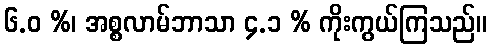
၆.ဝ %၊ အစ္စလာမ်ဘာသာ ၄.၁ % ကိုးကွယ်ကြသည်။